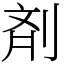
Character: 剤